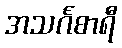
အသင်္ဂစာရီ